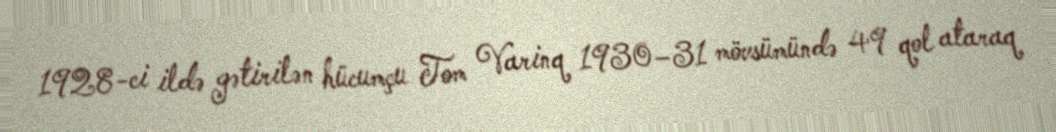
1928-ci ildə gətirilən hücumçu Tom Varinq 1930–31 mövsümündə 49 qol ataraq